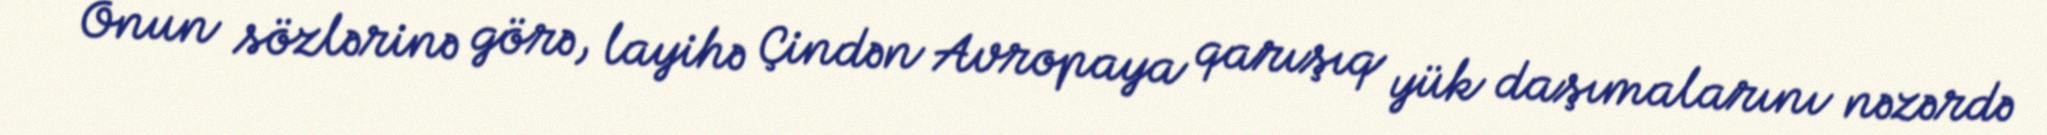
Onun sözlərinə görə, layihə Çindən Avropaya qarışıq yük daşımalarını nəzərdə